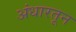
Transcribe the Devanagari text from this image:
अंधारतून